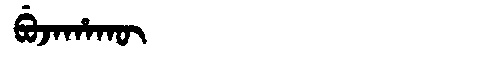
Manchu: ᠪᡠᠵᠠᡥᠠᡴᡡ
Romanization: BUJAHAKŪ